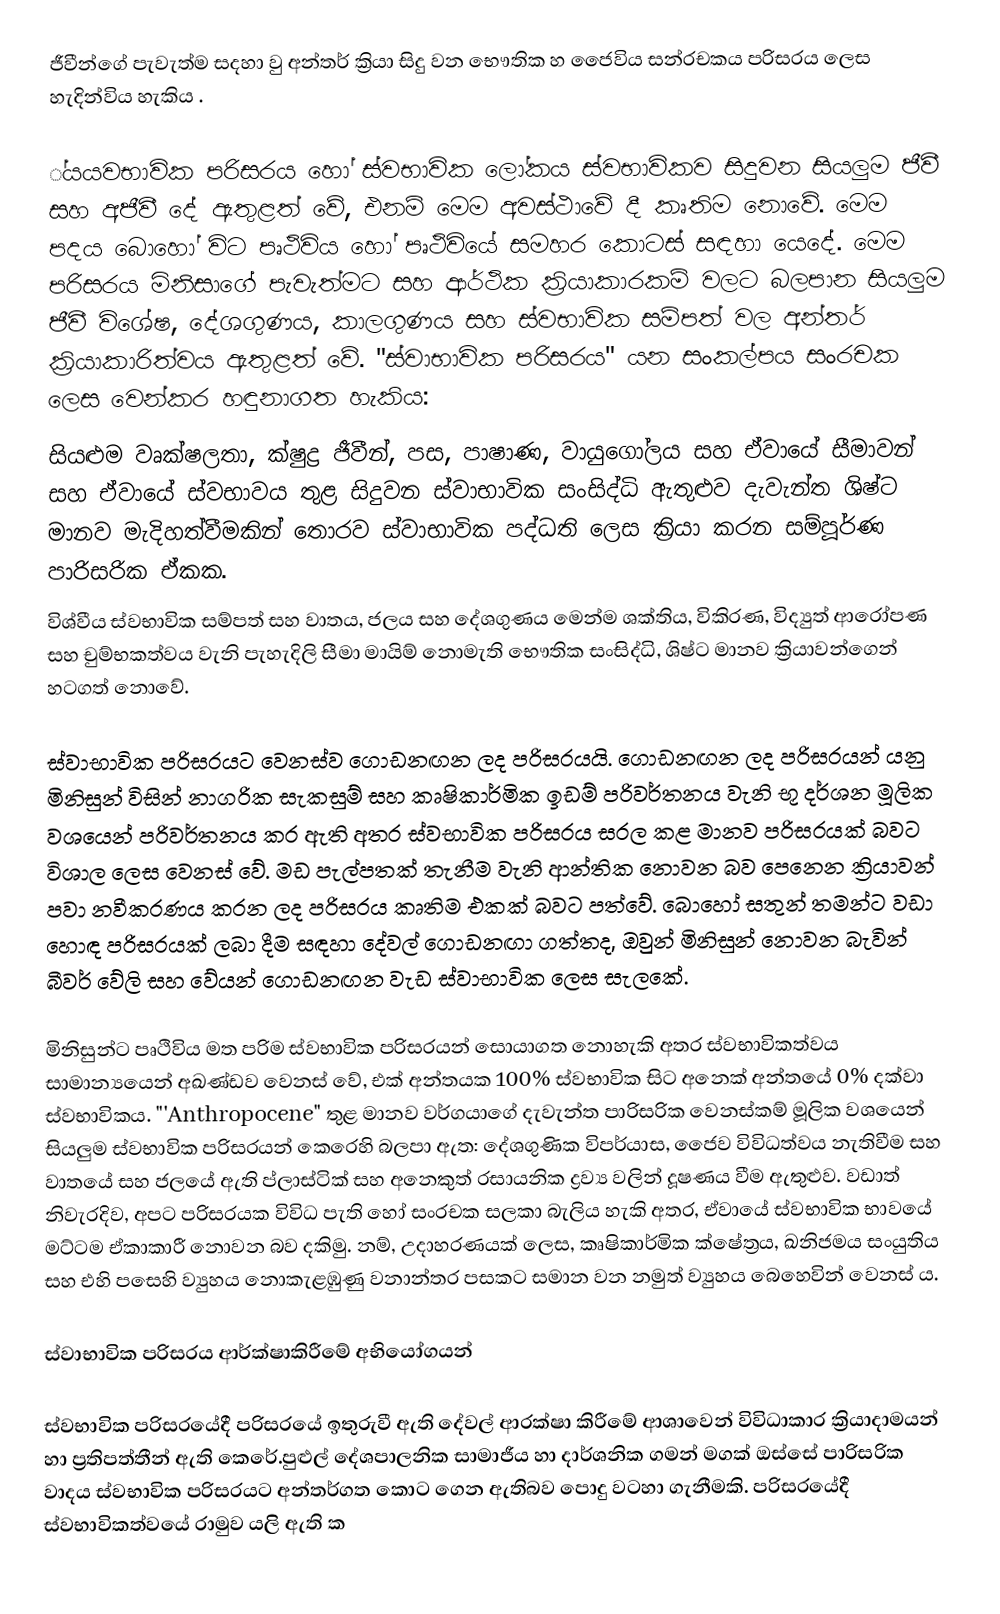
ජීවීන්ගේ පැවැත්ම සදහා වු අන්තර් ක්‍රියා සිදු වන භෞතික හ ජෛවිය සන්‍රචකය පරිසරය ලෙස හැදින්විය හැකිය .

්යයවභාවික පරිසරය හෝ ස්වභාවික ලෝකය ස්වභාවිකව සිදුවන සියලුම ජීවී සහ අජීවී දේ ඇතුළත් වේ, එනම් මෙම අවස්ථාවේ දී කෘතිම නොවේ. මෙම පදය බොහෝ විට පෘථිවිය හෝ පෘථිවියේ සමහර කොටස් සඳහා යෙදේ. මෙම පරිසරය මිනිසාගේ පැවැත්මට සහ ආර්ථික ක්‍රියාකාරකම් වලට බලපාන සියලුම ජීවී විශේෂ, දේශගුණය, කාලගුණය සහ ස්වභාවික සම්පත් වල අන්තර් ක්‍රියාකාරිත්වය ඇතුළත් වේ. "ස්වාභාවික පරිසරය" යන සංකල්පය සංරචක ලෙස වෙන්කර හඳුනාගත හැකිය:
 සියළුම වෘක්ෂලතා, ක්ෂුද්‍ර ජීවීන්, පස, පාෂාණ, වායුගෝලය සහ ඒවායේ සීමාවන් සහ ඒවායේ ස්වභාවය තුළ සිදුවන ස්වාභාවික සංසිද්ධි ඇතුළුව දැවැන්ත ශිෂ්ට මානව මැදිහත්වීමකින් තොරව ස්වාභාවික පද්ධති ලෙස ක්‍රියා කරන සම්පූර්ණ පාරිසරික ඒකක.
 විශ්වීය ස්වභාවික සම්පත් සහ වාතය, ජලය සහ දේශගුණය මෙන්ම ශක්තිය, විකිරණ, විද්‍යුත් ආරෝපණ සහ චුම්භකත්වය වැනි පැහැදිලි සීමා මායිම් නොමැති භෞතික සංසිද්ධි, ශිෂ්ට මානව ක්‍රියාවන්ගෙන් හටගත් නොවේ.

ස්වාභාවික පරිසරයට වෙනස්ව ගොඩනඟන ලද පරිසරයයි. ගොඩනඟන ලද පරිසරයන් යනු මිනිසුන් විසින් නාගරික සැකසුම් සහ කෘෂිකාර්මික ඉඩම් පරිවර්තනය වැනි භූ දර්ශන මූලික වශයෙන් පරිවර්තනය කර ඇති අතර ස්වභාවික පරිසරය සරල කළ මානව පරිසරයක් බවට විශාල ලෙස වෙනස් වේ. මඩ පැල්පතක් තැනීම වැනි ආන්තික නොවන බව පෙනෙන ක්‍රියාවන් පවා නවීකරණය කරන ලද පරිසරය කෘතිම එකක් බවට පත්වේ. බොහෝ සතුන් තමන්ට වඩා හොඳ පරිසරයක් ලබා දීම සඳහා දේවල් ගොඩනඟා ගත්තද, ඔවුන් මිනිසුන් නොවන බැවින් බීවර් වේලි සහ වේයන් ගොඩනඟන වැඩ ස්වාභාවික ලෙස සැලකේ.

මිනිසුන්ට පෘථිවිය මත පරිම ස්වභාවික පරිසරයන් සොයාගත නොහැකි අතර ස්වභාවිකත්වය සාමාන්‍යයෙන් අඛණ්ඩව වෙනස් වේ, එක් අන්තයක 100% ස්වභාවික සිට අනෙක් අන්තයේ 0% දක්වා ස්වභාවිකය. "'Anthropocene" තුළ මානව වර්ගයාගේ දැවැන්ත පාරිසරික වෙනස්කම් මූලික වශයෙන් සියලුම ස්වභාවික පරිසරයන් කෙරෙහි බලපා ඇත: දේශගුණික විපර්යාස, ජෛව විවිධත්වය නැතිවීම සහ වාතයේ සහ ජලයේ ඇති ප්ලාස්ටික් සහ අනෙකුත් රසායනික ද්‍රව්‍ය වලින් දූෂණය වීම ඇතුළුව. වඩාත් නිවැරදිව, අපට පරිසරයක විවිධ පැති හෝ සංරචක සලකා බැලිය හැකි අතර, ඒවායේ ස්වභාවික භාවයේ මට්ටම ඒකාකාරී නොවන බව දකිමු. නම්, උදාහරණයක් ලෙස, කෘෂිකාර්මික ක්ෂේත්‍රය, ඛනිජමය සංයුතිය සහ එහි පසෙහි ව්‍යුහය නොකැළඹුණු වනාන්තර පසකට සමාන වන නමුත් ව්‍යුහය බෙහෙවින් වෙනස් ය.

ස්වාභාවික පරිසරය ආර්ක්ෂාකිරීමේ අභියෝගයන්

ස්වභාවික පරිසරයේදී පරිසරයේ ඉතුරුවී ඇති දේවල් ආරක්ෂා කිරීමේ ආශාවෙන් විවිධාකාර ක්‍රියාදාමයන් හා ප්‍රතිපත්තීන් ඇති කෙරේ.පුළුල් දේශපාලනික සාමාජීය හා දාර්ශනික ගමන් මගක් ඔස්සේ පාරිසරික වාදය ස්වභාවික පරිසරයට අන්තර්ගත කොට ගෙන ඇතිබව පොදු වටහා ගැනීමකි. පරිසරයේදී ස්වභාවිකත්වයේ රාමුව යලි ඇති ක